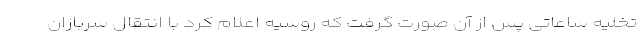
تخلیه ساعاتی پس از آن صورت گرفت که روسیه اعلام کرد با انتقال سربازان